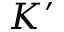
K ^ { \prime }